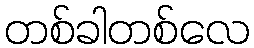
တစ်ခါတစ်လေ